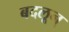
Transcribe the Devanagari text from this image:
बदलून्